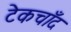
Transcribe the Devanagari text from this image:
टेकचाँद